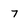
Character: 7